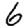
Digit: 6